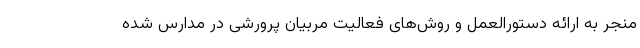
منجر به ارائه دستورالعمل و روش‌های فعالیت مربیان پرورشی در مدارس شده